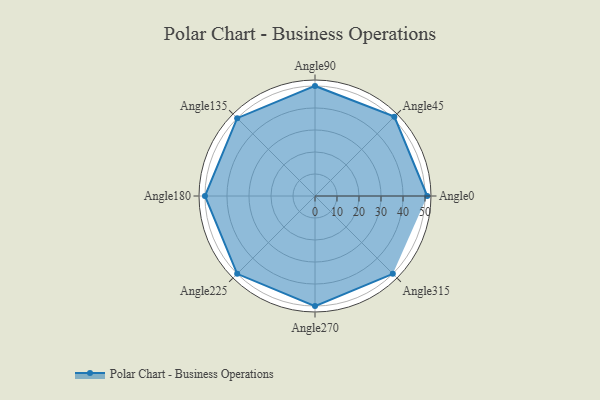
{"axis": {"x": "Angle", "y": "Radius"}, "legend": [""], "data": [{"x": "Angle0", "y": 51.0, "type": ""}, {"x": "Angle45", "y": 51.0, "type": ""}, {"x": "Angle90", "y": 50, "type": ""}, {"x": "Angle135", "y": 50, "type": ""}, {"x": "Angle180", "y": 50, "type": ""}, {"x": "Angle225", "y": 50, "type": ""}, {"x": "Angle270", "y": 50, "type": ""}, {"x": "Angle315", "y": 50, "type": ""}]}